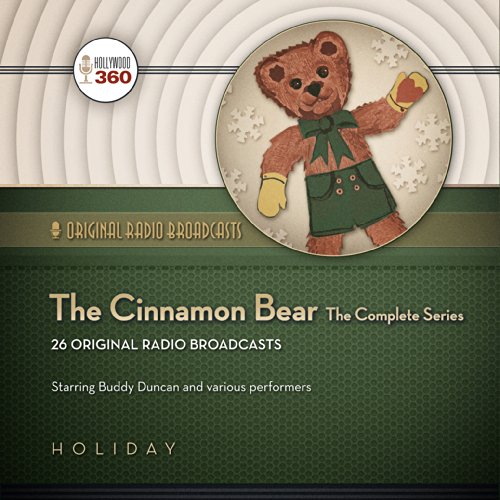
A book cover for The Cinnamon Bear: The Complete Series (Hollywood 360 - Classic Radio Collection)(Audio Theater) (Original Radio Broadcasts); Hollywood 360; Humor & Entertainment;